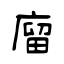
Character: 廇